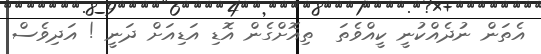
އެތަން ނުދެއްކުނީ ކީއްވެތަ  ތިއޮށްގެން އޮޑި އަޑިއަށް ދަނީ ! އަދިވެސް